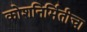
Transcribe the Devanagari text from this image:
कोशनिर्मितीचा